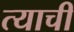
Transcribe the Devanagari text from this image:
त्‍याची